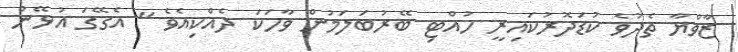
ޒާވްޔާ ތެދުވެ ކުޑަދޮރުކައިރީ ހުއްޓި ބޭރުބަލަމުން ވާހަކަ ދެއްކިއެވެ " އެގޭގަ އުޅޭން